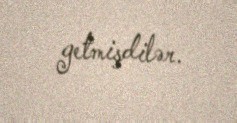
getmişdilər.